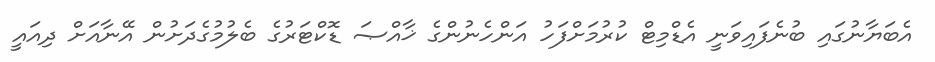
އެބަޔާނުގައި ބުނެފައިވަނީ އެޑްމިޓް ކުރުމަށްފަހު އަންހެނުންގެ ޚާއްޞަ ޑޮކްޓަރުގެ ބެލުމުގެދަށުން އޭނާއަށް ދިއައީ